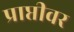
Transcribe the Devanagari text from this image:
प्राप्तीवर